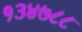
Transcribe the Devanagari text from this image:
१३४७८८